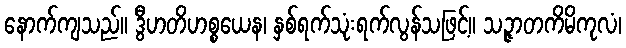
နောက်ကျသည်။ ဒွီဟတိဟစ္စယေန၊ နှစ်ရက်သုံးရက်လွန်သဖြင့်။ သဉ္ဇာတကိမိကုလံ၊